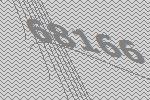
68166